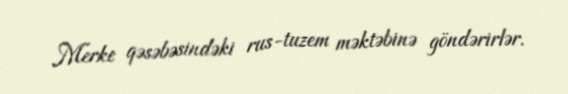
Merke qəsəbəsindəki rus-tuzem məktəbinə göndərirlər.